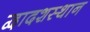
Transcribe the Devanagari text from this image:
द्वादशस्थान